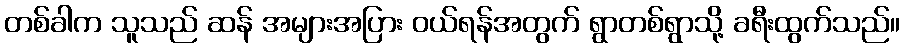
တစ်ခါက သူသည် ဆန် အများအပြား ဝယ်ရန်အတွက် ရွာတစ်ရွာသို့ ခရီးထွက်သည်။